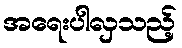
အရေးပါလှသည့်